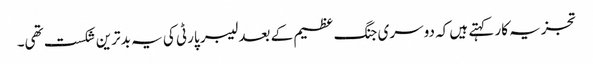
تجزیہ کار کہتے ہیں کہ دوسری جنگ عظیم کے بعد لیبر پارٹی کی یہ بدترین شکست تھی۔